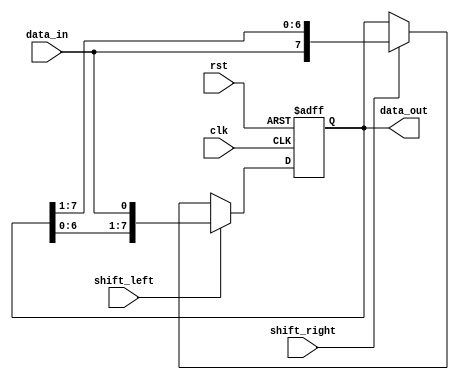
module shift_register #(parameter WIDTH=8) (
    input wire clk,
    input wire rst,
    input wire shift_left,
    input wire shift_right,
    input wire data_in,
    output reg [WIDTH-1:0] data_out
);

reg [WIDTH-1:0] reg_data;

always @(posedge clk or posedge rst) begin
    if (rst) begin
        reg_data <= 0;
    end else begin
        if (shift_left) begin
            reg_data <= {reg_data[WIDTH-2:0], data_in};
        end else if (shift_right) begin
            reg_data <= {data_in, reg_data[WIDTH-1:1]};
        end
    end
end

assign data_out = reg_data;

endmodule